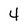
Character: 4